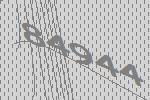
84944